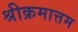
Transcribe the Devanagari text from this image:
श्रीक्रमात्तम